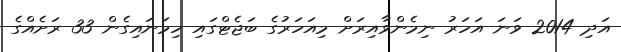
އަދި 2014 ވަނަ އަހަރު ނިމެންވާއިރަށް މިއަހަރުގެ ބަޖެޓްގައި ހިމަނައިގެން 33 ރަށެއްގެ